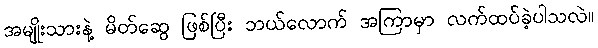
အမျိုးသားနဲ့ မိတ်ဆွေ ဖြစ်ပြီး ဘယ်လောက် အကြာမှာ လက်ထပ်ခဲ့ပါသလဲ။